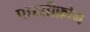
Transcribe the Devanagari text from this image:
पारसीफ़ोन